Medical and sanitary report of the native army of Bengal for the year
Year: 1875
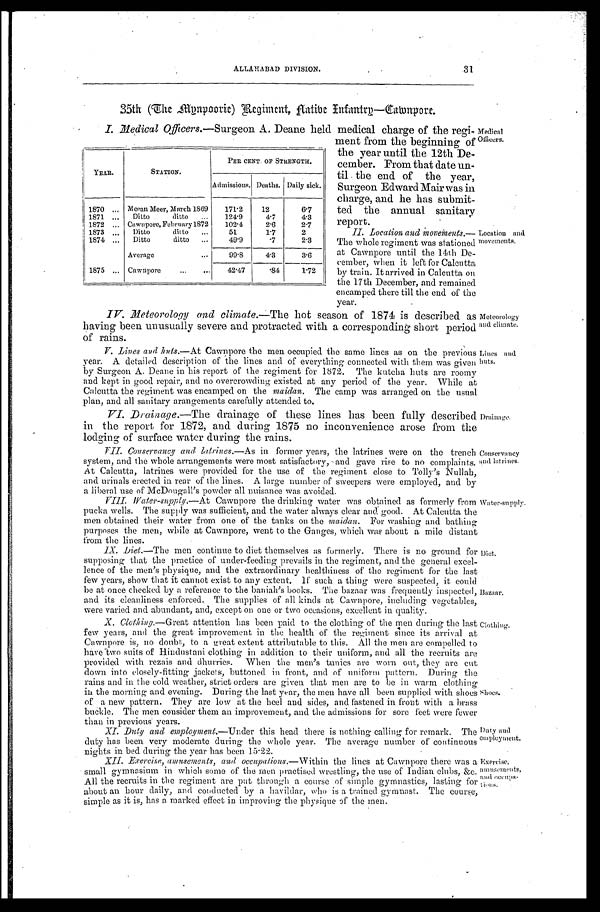
Meteorology
and climate.
Lines and
huts.
31
ALLAHABAD DIVISION.
35th ( The Mynpoorie) Reg
iment, Aatibe Infantry—Cawnpore.
I. Medical Officers.—Surgeon A. Deane held medical charge of the regi.
ment from the beginning of
the year un-til the 12th De
-cember. From that date un-
til the end of the year,
Surgeon Edward Mair was in
charge, and he has submit
- t e d t h e a n n u a l s a n i t a r y r e p o r t .
II. Location and movements.—
The whole regiment was stationed
at Cawnpore until the 14th De-
- c e m b e r , w h e n i t l e f t f o r C a l c u t t a
by train. It arrived in Calcutta on
the 17th December, and remained
encamped there till the end. of the
year.
YEAR.
STATION.
CENT. OF STRENGTH.
Admissions. Deaths. Daily sick.
1870 . . .
Mcean Meer, March 1869
171.2
12
6 .7
1871 . . .
Ditto ditto . . .
124.9
4.7
4.3
1872 . . .
Cawnpore, February 1872
102.4
2.6
2.7
1873 . . .
Ditto ditto . . .
51
1.7
2
1874 . . .
Ditto ditto . . .
49.9
. 7
2.3
A v e r a g e . . .
99.8
4.3
3.6
1875 . . .
Cawnpore . . .
42.47
. 8 4
1.72
Medical
Officers.
Location and
movements.
IV. Meteorology and climate.— The hot season of 1874 is described as
having been unusually severe and protracted with a corresponding short period
of rains.
V. Lines and huts.— At Cawnpore the men occupied the same lines as on the previous
year. A detailed description of the lines and of everything connected with them was given
by Surgeon A. Deane in his report of the regiment for 1872. The kutcha huts are roomy
and kept in good repair, and no overcrowding existed at any period of the year. While at
Calcutta the regiment was encamped on the maidan. The camp was arranged on the usual
plan, and all sanitary arangements carefully attended to.
VI. Drainage.—The drainage of these lines has been fully described
in the report for 1872, and during 1875 no inconvenience arose from the
lodging of surface water during the rains.
VII. Conservency and latrines.—As
in former years, the latrines were on the trench
system, and the whole arrangements were most satisfactory, and gave rise to no complaints.
At Calcutta, latrines were provided for the use of the regiment close to 'Tolly's
Nullah, and urinals erected in rear of the lines. A large number of sweepers were employed, and by
a liberal use of McDoupall's powder all nuisance was avoided.
VIII. Water-supply.— At Cawnpore the drinking water was obtained as formerly from
pucka wells. The supply was sufficient, and the water always clear and good. At Calcutta the
men obtained their water from one of the tanks on the maidan. For washing and bathing
purposes the men, while at Cawnpore, went to the Ganges, which was about a mile distant
from the lines.
Drainage.
Conservancy
and latrines.
Water-supply.
IX. Diet.— The men continue to diet themselves as formerly. There is no ground for
supposing that the practice of under-feeding prevails in the regiment, and the general excel
-lence of the men's physique, and the extraordinary healthiness of the regiment for the last
few years, show that it cannot exist to any extent, if such a thing were suspected, it could
be at once checked by a reference to the baniah's books. The bazaar was frequently inspected,
and its cleanliness enforced. The supplies of all kinds at Cawnpore, ineluding vegetables,
were varied and abundant. and. except on one or two occasions. excellent in quality.
X. Clothing.—Great attention has been paid to the clothing of the men during the last
few years, and the great improvement in the health of the regiment since its arrival at
Cawnpore is, no doubt, to a great extent attributable to this. All the men are compelled to
have two suits of Hindustani clothing in addition to their uniform, and all the recruits are
provided with rezais and dhurries. When the men's tunics are worn out, they are cut
down into closely-fitting jackets, buttoned in front, and of uniform pattern. During the
rains and in the cold weather, strict orders are given that men are to be in warm clothing
in the morning and evening. During the last year, the men have all been supplied with shoes
of a new pattern. They are low at the heel and sides, and fastened in front with a brass
buckle. The men consider them an improvement, and. the admissions for sore feet were fewer
than in previous years.
XI. Duty and employment.— Under this head there is nothing calling for remark. The
duty has been very moderate during the whole year. The average number of continuous
nights in bed during the year has been 15.22.
XII. Exercise, amusements, and occupations.—Within
the lines at Cawnpore there was a
small gymnasium in which some of the men practised wrestling, the use of Indian clubs, &c.
All the recruits in the regiment are put through a course of simple gymnastics, lasting for
about an hour daily, and conducted by a havildar, who is a trained gymnast. The course,
simple as it is, has a. marked effect in improving the physique of the men.
Diet.
Bazaar.
Clothing.
Shoes.
Duty and
employ ment.
Exercise,
amusements,
and occup
a-tions.